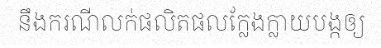
នឹងករណីលក់ផលិតផលក្លែងក្លាយបង្កឲ្យ